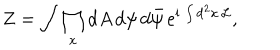
Z = \int \prod _ { x } \mathrm { d } A \, \mathrm { d } \psi \, \mathrm { d } { \bar { \psi } } \, e ^ { \mathrm { i } \, \int \mathrm { d } ^ { 2 } x \, { \cal L } } ,